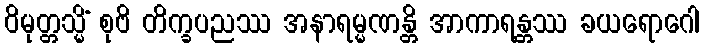
ဝိမုတ္တသ္မိံ စုဗိ တိက္ခပညဿ အနာရမ္မဏန္တိ အာကာရန္တဿ ခယရောဂေါ